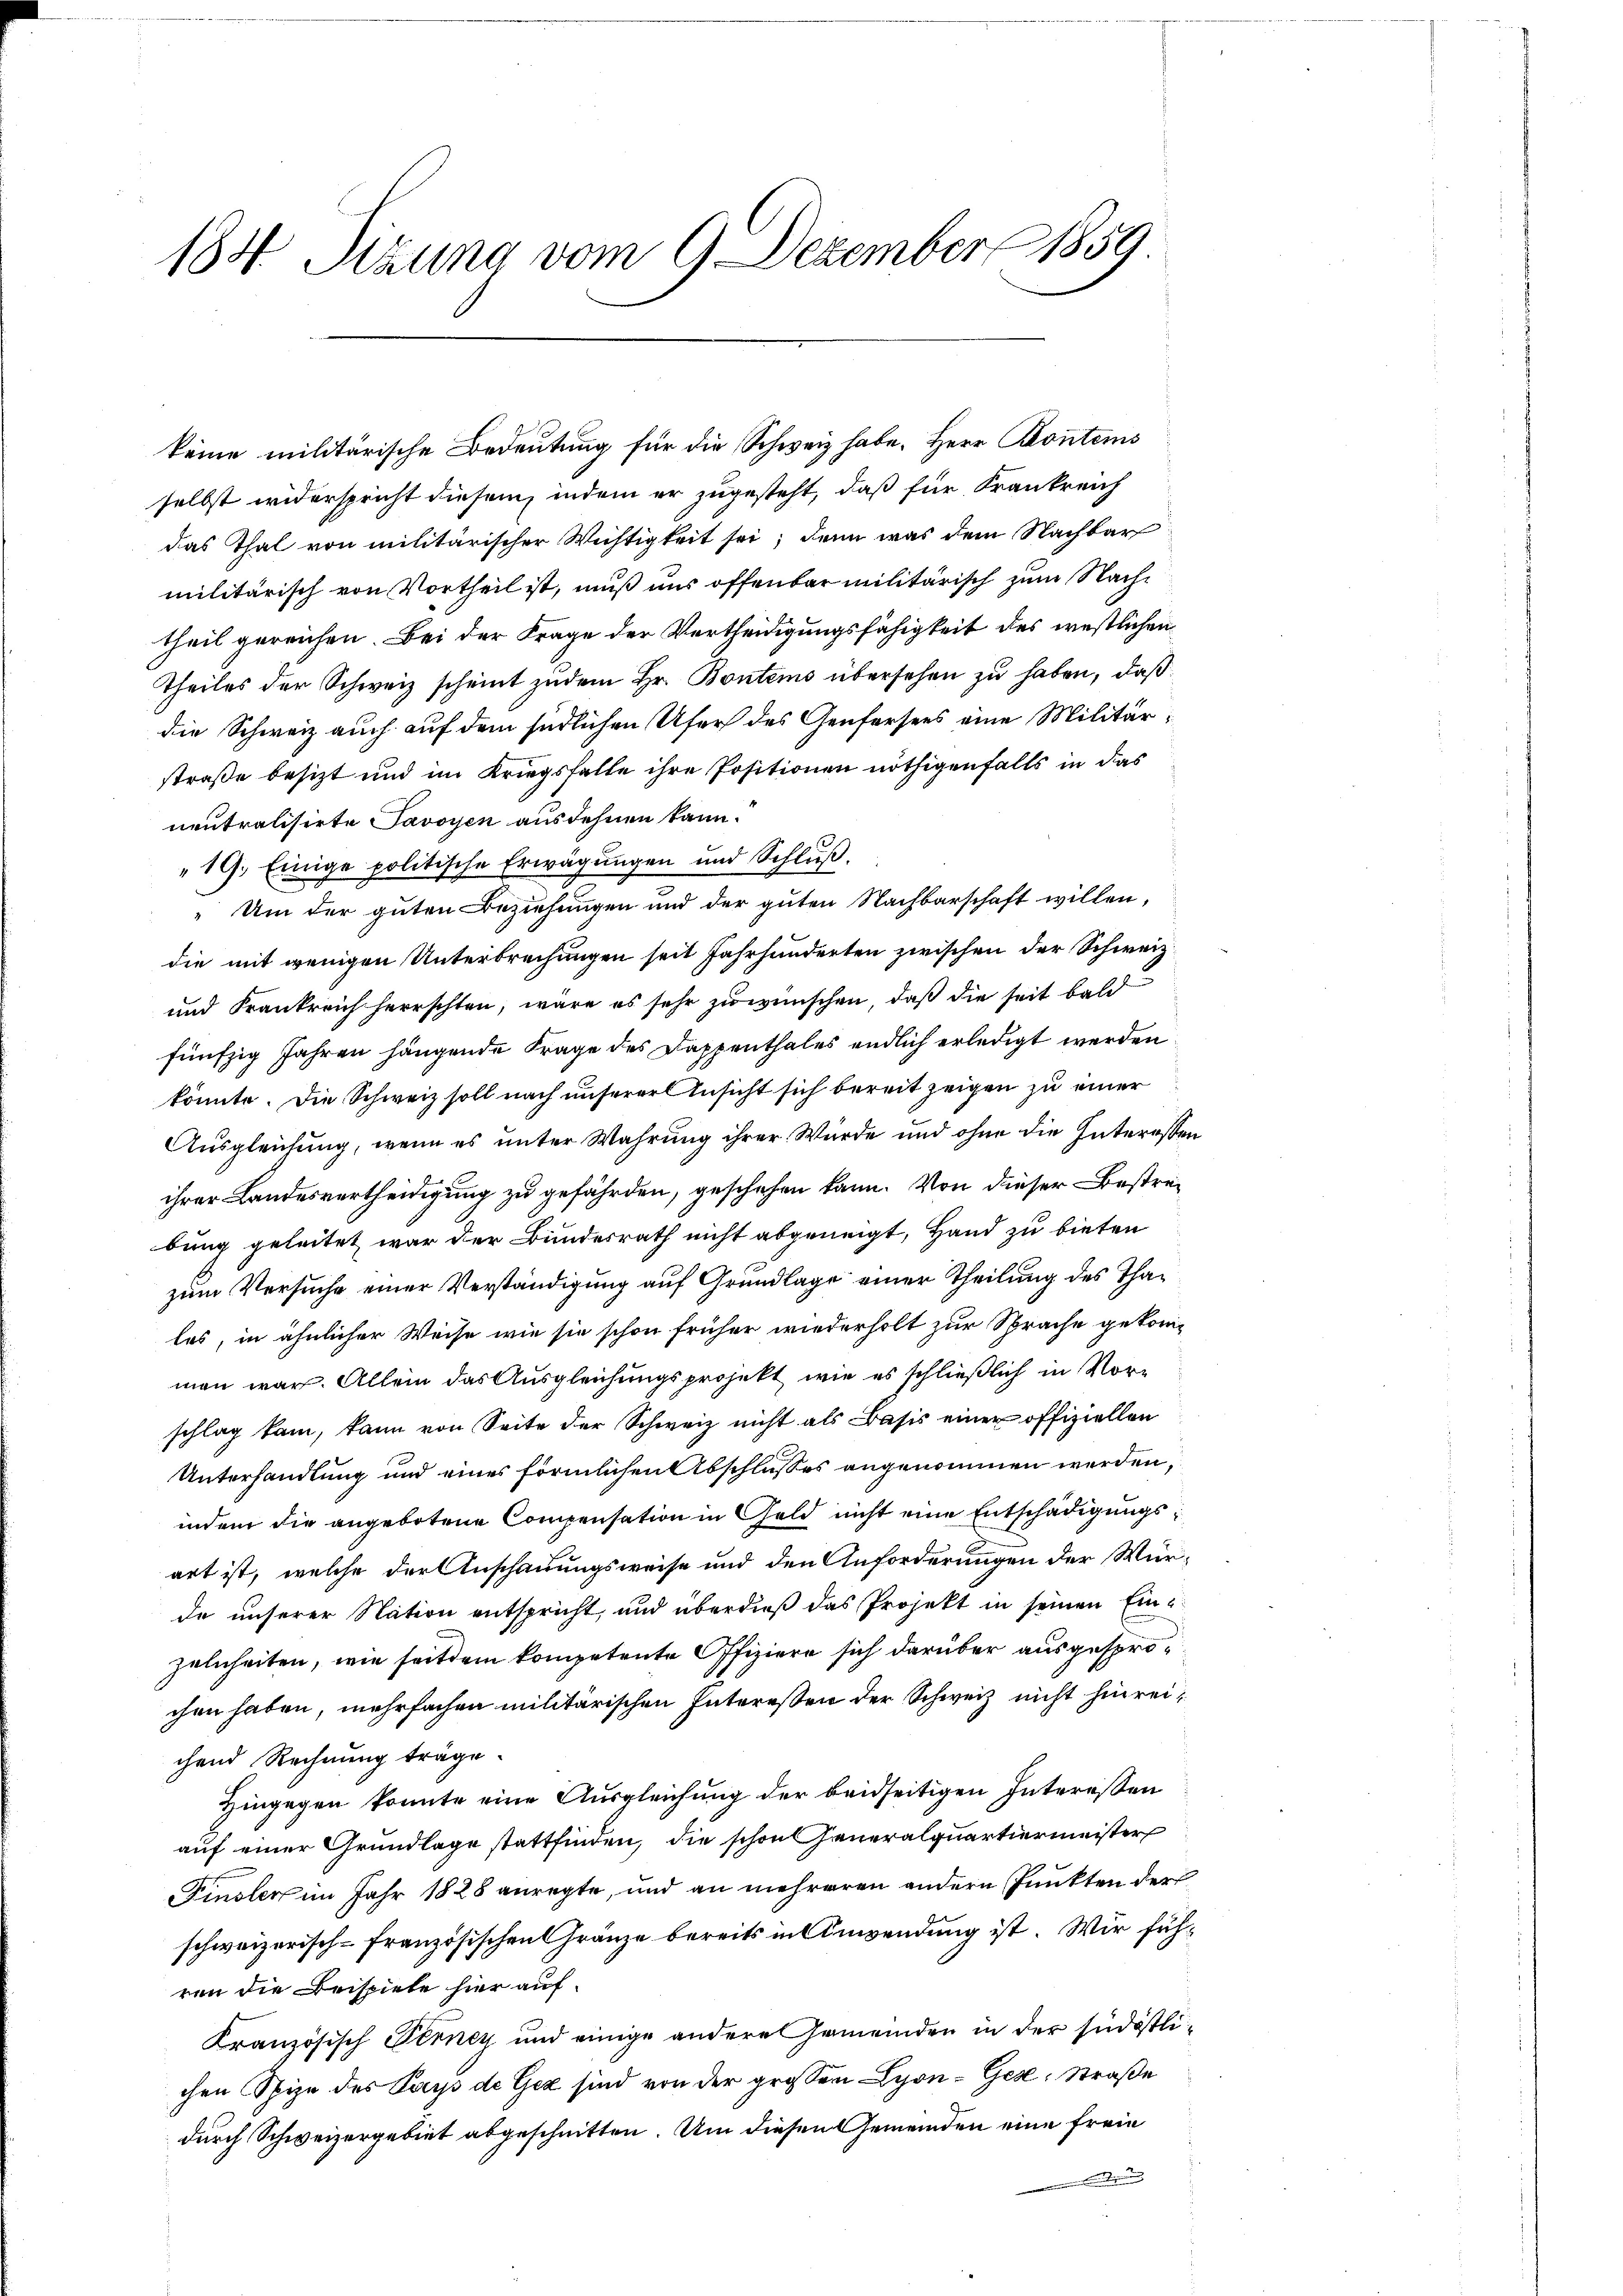
184. Sizung vom 9. Dezember 1859

keine militärische Bedeutung für die Schweiz habe. Herr Kontems
selbst widerspricht diesem, indem er zugesteht, daß für Frankreich
das Thal von militärischer Wichtigkeit sei; denn was dem Nachbar
militärisch von Vortheil ist, muß uns offenbar militärisch zum Nachtheil gereichen. Bei der Frage der Vertheidigungsfähigkeit des westlichen
Theiles der Schweiz scheint zudem Hr. Bontems übersehen zu haben, daß
die Schweiz auch auf dem südlichen Ufer des Genfersees eine Militärstraße besizt und im Kriegsfalle ihre Positionen nöthigenfalls in das
neutralisirte Savoyen ausdehnen kann.
19. Einige politische Erwägungen und Schluß.
„Um der guten Beziehungen und der guten Nachbarschaft willen,
die mit wenigen Unterbrechungen seit Jahrhunderten zwischen der Schweiz.
und Frankreich herrschten, wäre es sehr zu wünschen, daß die seit bald
fünfzig Jahren hängende Frage des Dappenthales endlich erledigt werden.
könnte. Die Schweiz soll nach unserer Ansicht sich bereit zeigen zu einer
Ausgleichung, wenn es unter Wahrung ihrer Würde und ohne die Interessen
ihrer Landesvertheidigung zu gefährden, geschehen kann. Von dieser Bestrebung geleitet war der Bundesrath nicht abgeneigt, Hand zu bieten
zum Versuche einer Verständigung auf Grundlage einer Theilung des Thales, in ähnlicher Weise wie sie schon früher wiederholt zur Sprache gekomman war. Allein das Ausgleichungsprojekt, wie es schließlich in Vorschlag kam, kann von Seite der Schweiz nicht als Basis einer offiziellen
Unterhandlung und eines förmlichen Abschlusses angenommen werden,
indem die angebotene Compensation in Geld nicht eine Entschädigungsart ist, welche der Anschauungsweise und den Anforderungen der Würde unserer Nation entspricht, und überdieß das Projekt in seinen Einzelnheiten, wie seitdem kompetente Offiziere sich darüber ausgesprochen haben, mehrfachen militärischen Intereßen der Schweiz nicht hinreichend Rechnung träge.
Hingegen konnte eine Ausgleichung der beidseitigen Interessen
auf einer Grundlage stattfinden, die schon Generalquartiermeister
Finsler im Jahr 1828 anregte, und an mehreren andern Punkten der
schweizerisch-französischen Gränze bereits in Anwendung ist. Wir führen die Beispiele hier auf
Kranzösisch Ferney und einige andere Gemeinden in der südöstlichen Spize des Pays de Gex sind von der grossen Lyon-Ges. Straße
durch Schweizergebiet abgeschnitten. Um diesen Gemeinden eine freie
Anderung